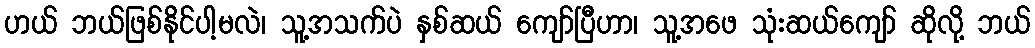
ဟယ် ဘယ်ဖြစ်နိုင်ပါ့မလဲ၊ သူ့အသက်ပဲ နှစ်ဆယ် ကျော်ပြီဟာ၊ သူ့အဖေ သုံးဆယ်ကျော် ဆိုလို့ ဘယ်